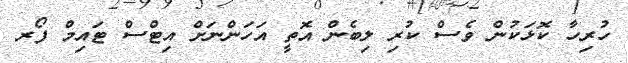
ހުރިހާ ކޮޅަކުން ވެސް ކުރި ލިބެން އޮތީ އަހަންނަށް އިޓްސް ޓައިމް ފޯރ